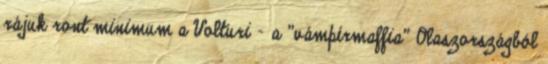
rájuk ront minimum a Volturi - a "vámpírmaffia" Olaszországból